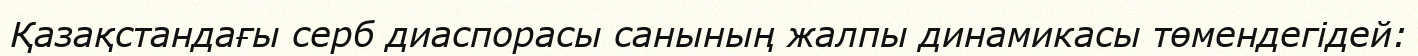
Қазақстандағы серб диаспорасы санының жалпы динамикасы төмендегідей: